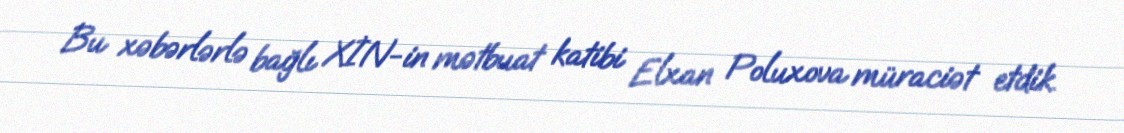
Bu xəbərlərlə bağlı XİN-in mətbuat katibi Elxan Poluxova müraciət etdik.